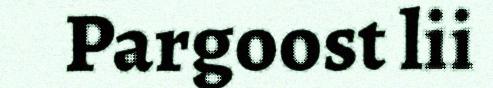
Pargoost lii